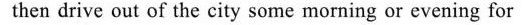
then drive out of the city some morning or evening for